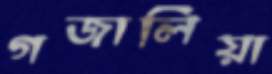
গজালিয়া